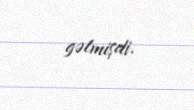
gəlmişdi.